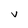
Character: V